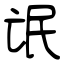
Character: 氓